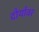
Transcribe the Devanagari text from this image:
दौर्यावर